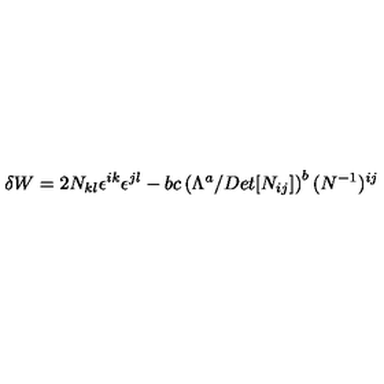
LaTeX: { \delta W } = 2 N _ { k l } \epsilon ^ { i k } \epsilon ^ { j l } - b c \left( \Lambda ^ { a } / D e t [ N _ { i j } ] \right) ^ { b } ( N ^ { - 1 } ) ^ { i j }